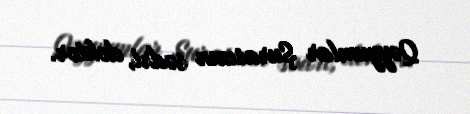
Qəyyumlar Şurasının sədri, doktor.